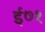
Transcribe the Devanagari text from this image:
ई७१